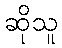
ဆိုသူ